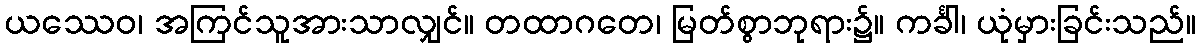
ယဿေဝ၊ အကြင်သူအားသာလျှင်။ တထာဂတေ၊ မြတ်စွာဘုရား၌။ ကင်္ခါ၊ ယုံမှားခြင်းသည်။